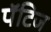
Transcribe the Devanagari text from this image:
पॅटिज